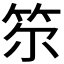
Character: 𥬞